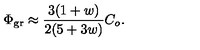
\Phi _ { \mathrm { g r } } \approx { \frac { 3 ( 1 + w ) } { 2 ( 5 + 3 w ) } } C _ { o } .